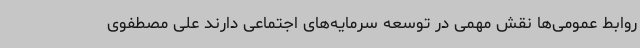
روابط عمومی‌ها نقش مهمی در توسعه سرمایه‌های اجتماعی دارند علی مصطفوی